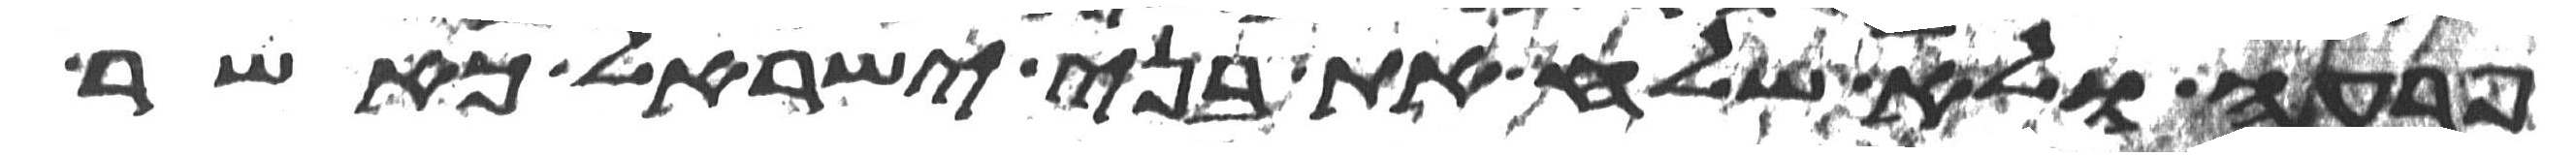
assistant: פרעה ולא שלח את בני ישראל כאשר